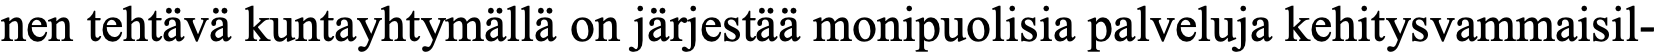
nen tehtävä kuntayhtymällä on järjestää monipuolisia palveluja kehitysvammaisil-